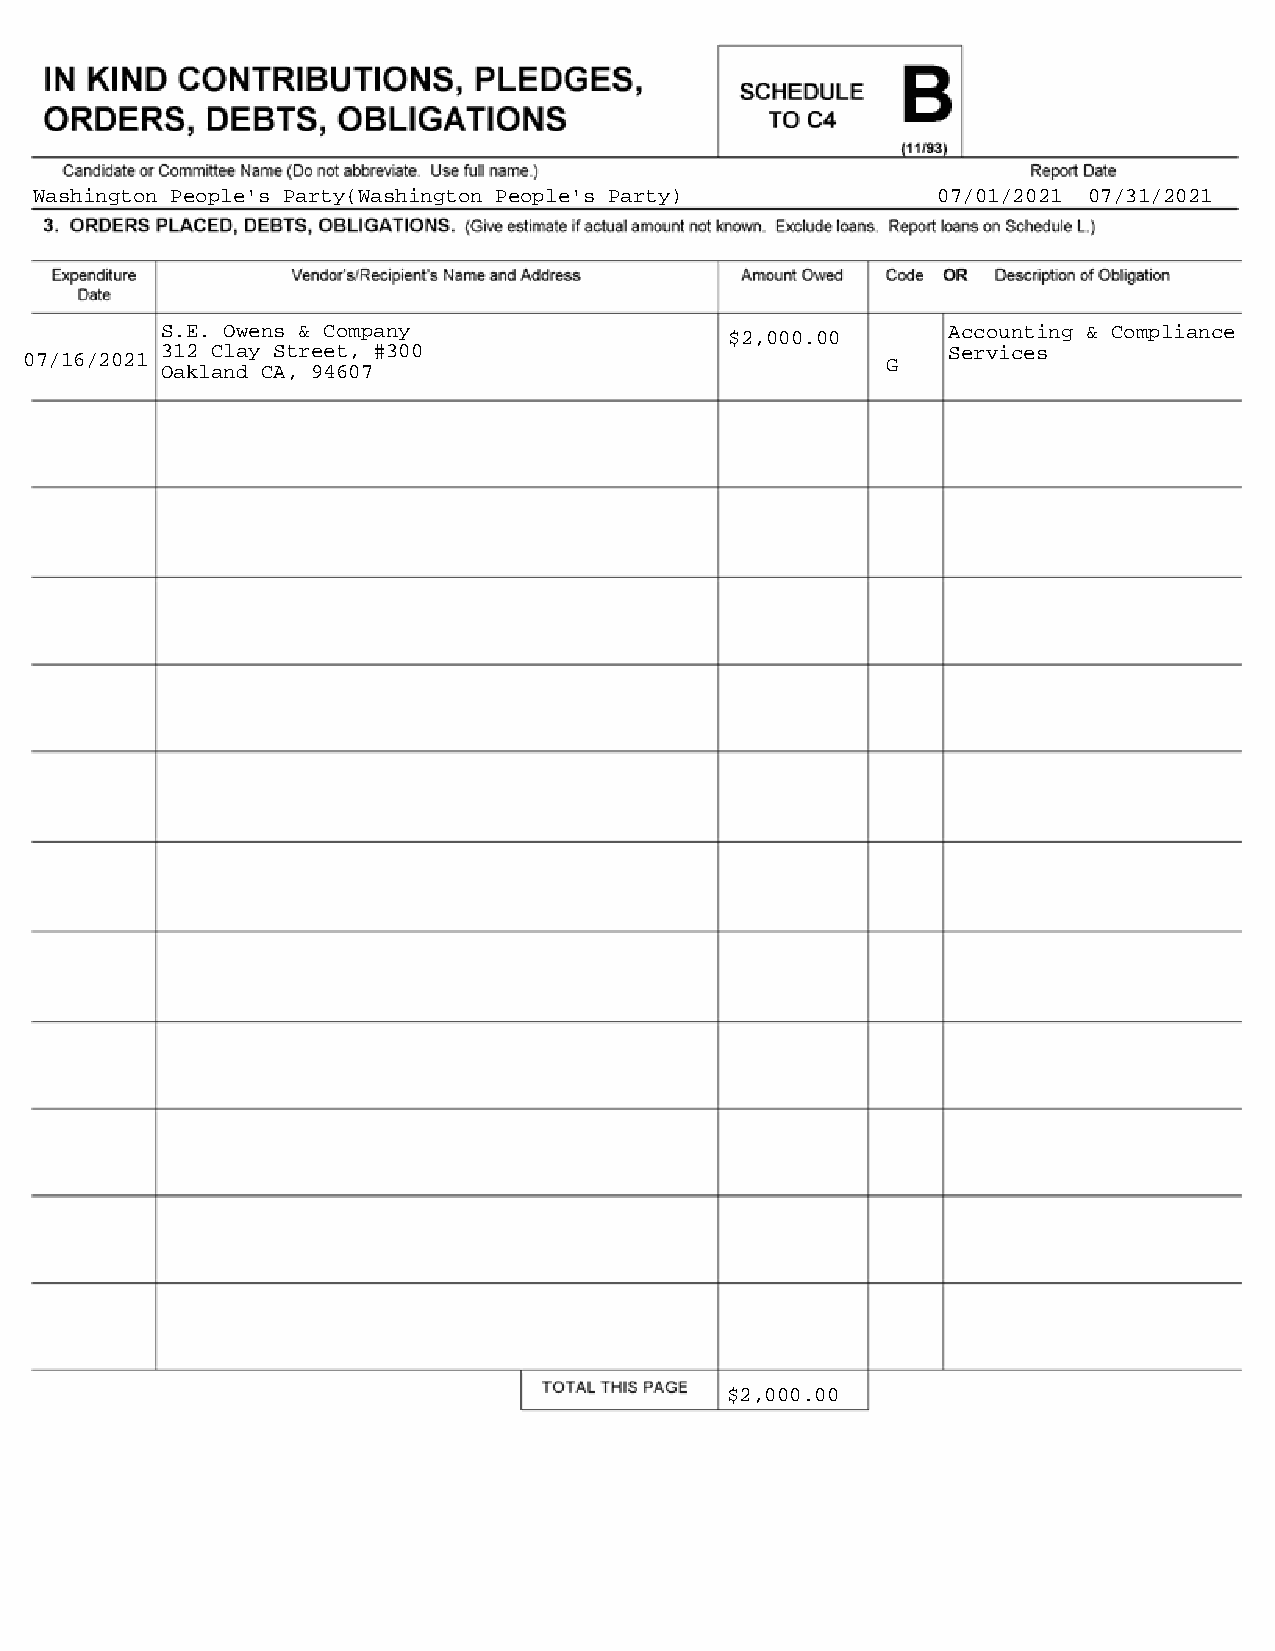
Washington People's Party(Washington People's Party)        07/01/2021 07/31/2021
 S.E. Owens & Company                 $2,000.00      Accounting & Compliance
 312 Clay Street, #300                               Services
 07/16/2021                                               G
 Oakland CA, 94607
 $2,000.00